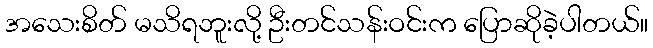
အသေးစိတ် မသိရဘူးလို့ ဦးတင်သန်းဝင်းက ပြောဆိုခဲ့ပါတယ်။